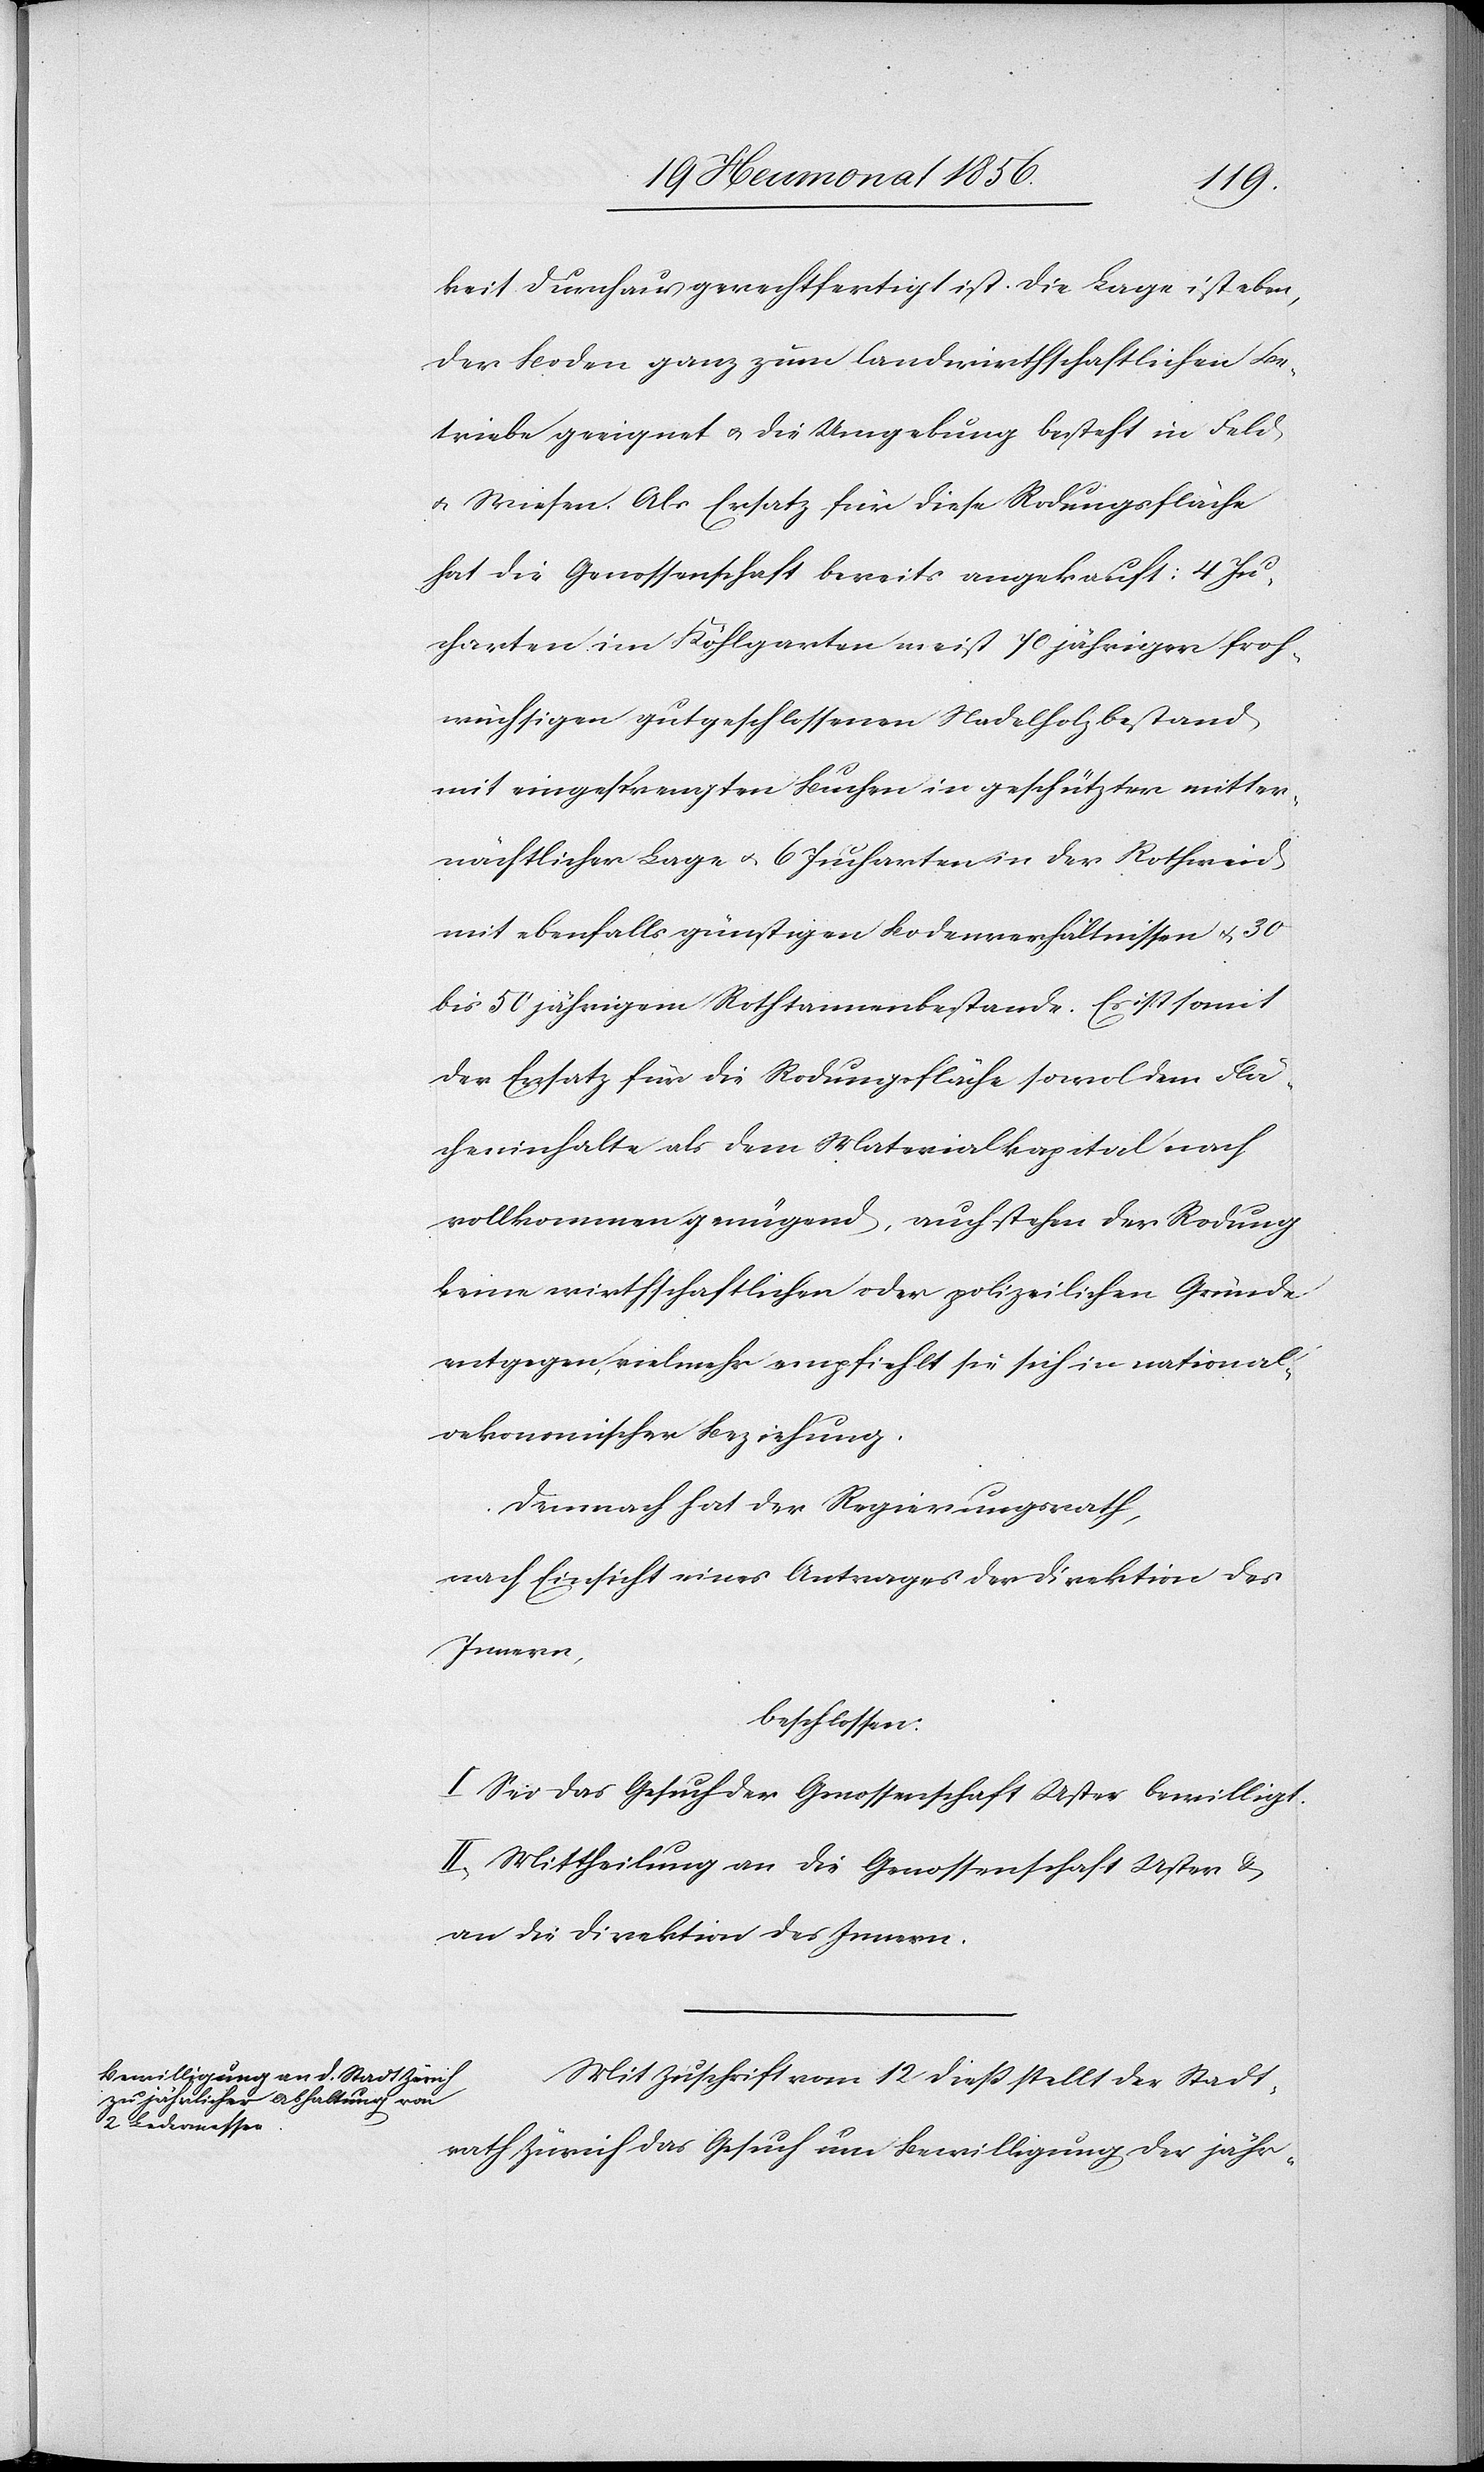
keit durchaus gerechtfertigt ist. Die Lage ist eben,
der Boden ganz zum landwirthschaftlichen Be¬
triebe geeignet u. die Umgebung besteht in Feld
u. Wiesen. Als Ersatz für diese Rodungsfläche
hat die Genossenschaft bereits angekauft: 4 Ju¬
charten im Köhlgarten meist 70 jähriger froh¬
wüchsigen gutgeschlossenen Nadelholzbestand
mit eingesprengten Buchen in geschützter mitter¬
nächtlicher Lage u. 6 Jucharten in der Rothweid
mit ebenfalls günstigen Bodenverhältnissen u. 30
bis 50 jährigem Rothtannenbestande. Es ist somit
der Ersatz für die Rodungsfläche sowol dem Flä¬
cheninhalte als dem Materialkapital nach
vollkommen genügend, auch stehen der Rodung
keine wirthschaftlichen oder polizeilichen Gründe
entgegen, vielmehr empfiehlt sie sich in national¬
oekonomischer Beziehung.
Demnach hat der Regierungsrath,
nach Einsicht eines Antrages der Direktion des
Innern,
beschlossen:
I. Sei das Gesuch der Genossenschaft Uster bewilligt.
II. Mittheilung an die Genossenschaft Uster &
an die Direktion des Innern.
Mit Zuschrift vom 12 dieß stellt der Stadt¬
rath Zürich das Gesuch um Bewilligung der jähr-